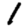
Digit: 1